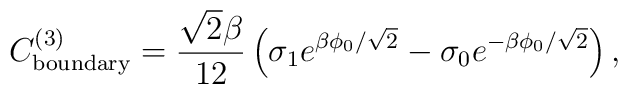
C_{\rm boundary}^{(3)}=\frac{\sqrt{2}\beta}{12}\left(\sigma_{1}e^{\beta \phi_{0}/\sqrt{2}}-\sigma_{0}e^{-\beta\phi_{0}/\sqrt{2}}\right),